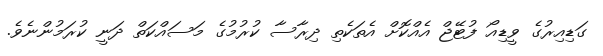
ގަޑިއިރުގެ ވީޑިއޯ ފުޓޭޖް އެއްކޮށް އެތަކެތި ދިރާސާ ކުރުމުގެ މަސައްކަތް ދަނީ ކުރަމުންނެވެ.